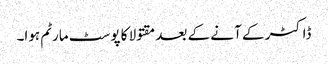
ڈاکٹر کے آنے کے بعد مقتولا کا پوسٹ مارٹم ہوا۔